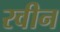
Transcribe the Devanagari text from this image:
रवीन